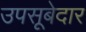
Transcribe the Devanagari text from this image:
उपसूबेदार